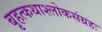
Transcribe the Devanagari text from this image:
बृहत्कथाश्लोकसंग्रहः